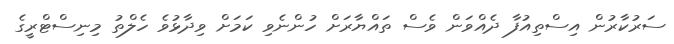
ސަރުކާރުން އިސްތިއުފާ ދެއްވަން ވެސް ތައްޔާރަށް ހުންނެވި ކަމަށް ވިދާޅުވެ ހެލްތު މިނިސްޓްރީގެ